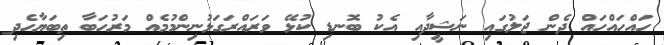
ހައްހައްހައް ދެން ޖަލުގައި ނަޝީދާއި އެކު ބޮނޑި ކުޅޭ ވަރައްރަގަޅުނިންމުމެއް މަރުހަބާ ތިބަޔާހެދި